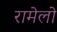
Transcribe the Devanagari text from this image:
रामेलो